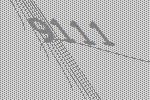
9111